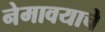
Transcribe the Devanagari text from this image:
नेमावयाचे